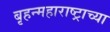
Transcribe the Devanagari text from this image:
बृहन्महाराष्ट्राच्या